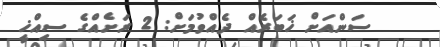
ސަންއަށް ޚަބަރެއް ދެއްވުމަށް: 2 ރަށެއްގެ ސިއްޚީ